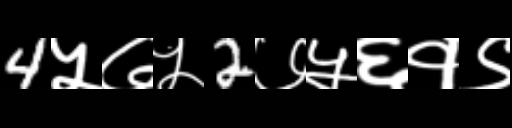
Text: 4५७५2७५६१९